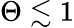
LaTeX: \Theta\lesssim 1